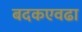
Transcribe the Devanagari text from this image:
बदकएवढा